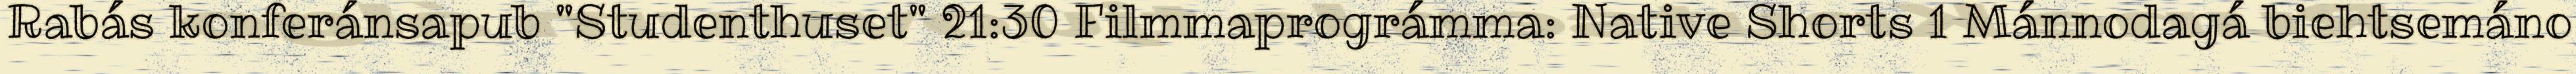
Rabás konferánsapub "Studenthuset" 21:30 Filmmaprográmma: Native Shorts 1 Mánnodagá biehtsemáno